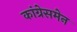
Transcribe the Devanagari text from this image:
कांग्रेसमेन